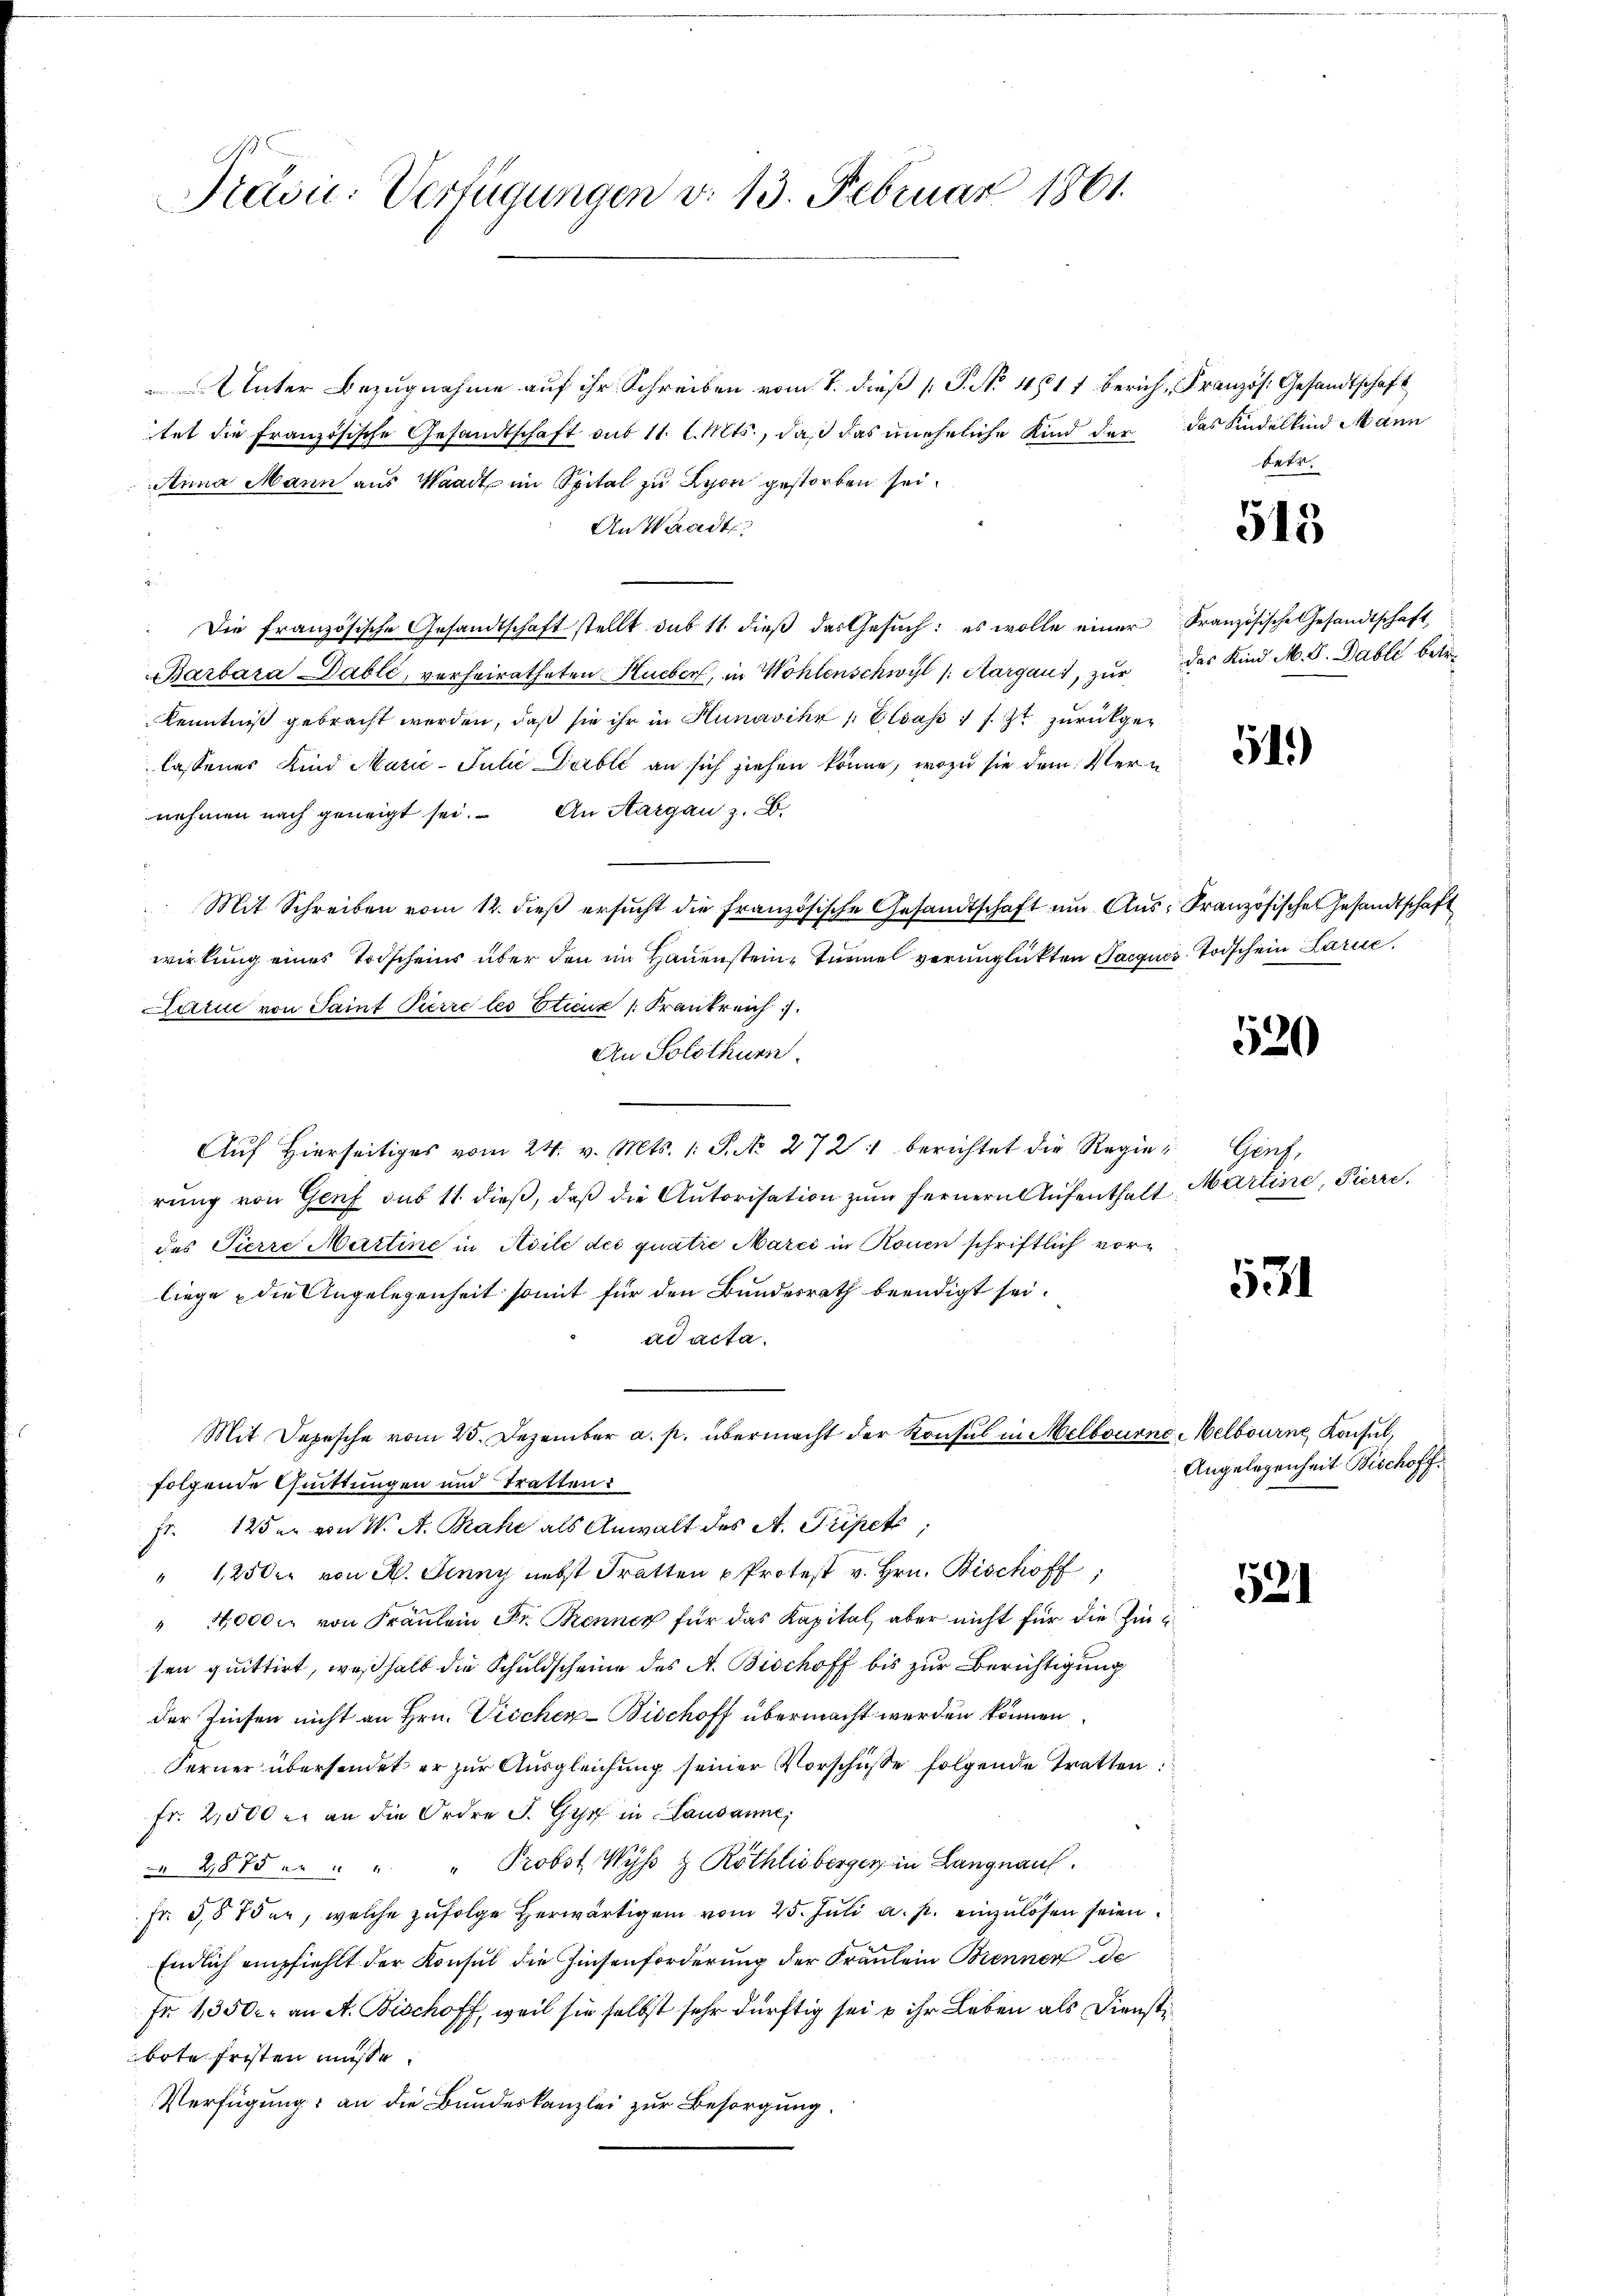
G.
Präsi- Verfügungen v. 13. Februar 1861.

Inter Bezugnahme auf ihr Schreiben vom 7. dieß P. No 4811 berich, Französ. Gesandtschaft
tet die Französische Gesandtschaft aus 11. l. Mts., daß das uneheliche Kind der das Kindelkind Mann
Anna Mann aus Waadt im Spital zu Lyon gestorben sei.
An Waadt,
Die französische Gesandtschaft stellt sub 11. dieβ das Gesŭch: es wolle einer Französische Gesandtschaft,
Barbara Dablé, verheiratheten Hueber, in Wohlenschwyl /: Aargaus, zur das Kind M. D. Dable betre
Kenntniß gebracht werden, daß sie ihr in Hunavihr Elsass, s. Zt. zurückgelassener Kind Marie-Julie Duble an sich ziehen könne, wozu sie dem Vernehmen nach geneigt sei. An Aargau z. B.
Mit Schreiben vom 12. dieβ ersŭcht die französische Gesandtschaft ŭm Aŭs- Französische Gesandtschaft
wirkung eines Todscheins über den im Hauensteine Turmel verunglückten Jacques Todschein Larue,
Larić von Saint Pierre les Etieux (Frankreich
An Solothurn.
Auf Hierseitiges vom 24. v. Mts. 1. S. No 272 berichtet die Regien Genf,
rung von Genf sub 11 dieß, daß die Autorisation zum fernern Aufenthalt Martine, Pierre
des Pierre Mattine in Adile des quatre Marci in Rouen schriftlich vorliege & die Angelegenheit somit für den Bundesrath beendigt sei.
ad acta.
Mit Depesche vom 25. Dezember a. p. übermacht der Konsul in Melbourne-Welbourne Konsul,
folgende Quittungen und Tratten:
pt. 125 u. von W. A. Bahr als Anwalt des A. Tripet
" 1250er von H. Jenny nebst Tratten u Protest v. Hrn. Bischoff,
" 4,000 M von Fräulein Dr. Brenner für das Kapital aber nicht für die Zinsen quittirt, weßhalb die Schuldscheine des A. Bischoff bis zur Berichtigung
der Zinsen nicht an Hrn. Viecher-Bischoff übermacht werden können
Ferner übersendet er zur Ausgleichung seiner Vorschüsse folgende Tratten
fr. 2,500 an die Ordre S. Gyr in Lausanne,
§ 2875 e. " " " Probst Wyss Z Röthlisberger in Langnau.
Fr. 387 der, welche zŭfolge herwärtigen vom 25. Juli a. p. einzulösen seien.
Endlich empfiehlt der Konsul die Zinsenforderung der Fräulein Brenner de
Fr. 1350. an A. Bischoff, weil sie selbst sehr dürftig sei u ihr Leben als Dienstbote fristen müsse.
Verfügung an die Bundeskanzlei zur Besorgung.

betr.

513

54.)

520

531

Angelegenheit Bischoff

521